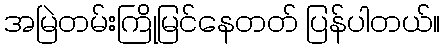
အမြဲတမ်းကြိုမြင်နေတတ် ပြန်ပါတယ်။